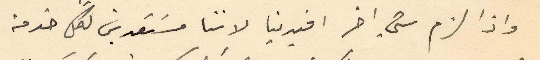
واذا لزم شي اخر افيدينا لاننا مستعدين لكل خدمة